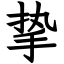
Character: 挚